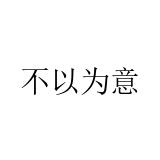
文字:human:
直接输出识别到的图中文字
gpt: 不以为意